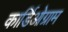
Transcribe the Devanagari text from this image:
कार्डिओग्राम